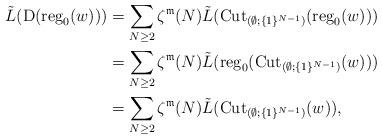
LaTeX: \begin{align*}\tilde{L}({\rm D}({\rm reg}_{0}(w))) & =\sum_{N\geq2}\zeta^{\mathfrak{m}}(N)\tilde{L}({\rm Cut}_{(\emptyset;\{1\}^{N-1})}({\rm reg}_{0}(w)))\\ & =\sum_{N\geq2}\zeta^{\mathfrak{m}}(N)\tilde{L}({\rm reg}_{0}({\rm Cut}_{(\emptyset;\{1\}^{N-1})}(w)))\\ & =\sum_{N\geq2}\zeta^{\mathfrak{m}}(N)\tilde{L}({\rm Cut}_{(\emptyset;\{1\}^{N-1})}(w)),\end{align*}